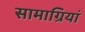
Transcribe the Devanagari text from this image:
सामाग्रियां